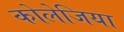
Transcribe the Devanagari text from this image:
कोलेजिया